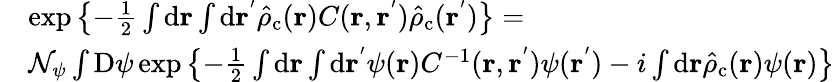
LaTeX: \begin{array}{rl}&{\exp\left\{ -\frac{1}{2}\int\mathrm{d}\mathbf{r}\int\mathrm{d}\mathbf{r^{'}}\hat{\rho}_{\mathrm{c}}(\mathbf{r})C(\mathbf{r},\mathbf{r^{'}})\hat{\rho}_{\mathrm{c}}(\mathbf{r^{'}})\right\} =}\\ &{\mathcal{N}_{\psi}\int\mathrm{D}\psi\exp\left\{ -\frac{1}{2}\int\mathrm{d}\mathbf{r}\int\mathrm{d}\mathbf{r^{'}}\psi(\mathbf{r})C^{-1}(\mathbf{r},\mathbf{r^{'}})\psi(\mathbf{r^{'}})-i\int\mathrm{d}\mathbf{r}\hat{\rho}_{\mathrm{c}}(\mathbf{r})\psi(\mathbf{r})\right\} }\end{array}